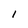
Character: 1